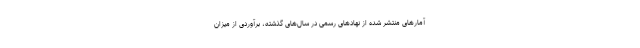
آمارهای منتشر شده از نهادهای رسمی در سال‌های گذشته، برآوردی از میزان